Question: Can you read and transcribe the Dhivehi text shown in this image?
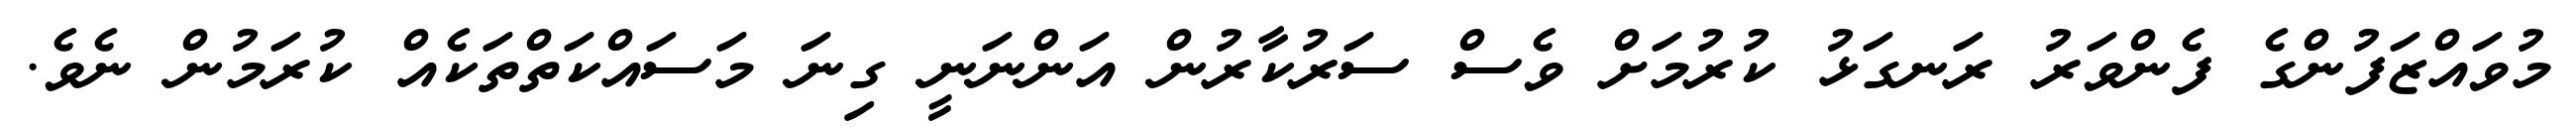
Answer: މުވައްޒަފުންގެ ފެންވަރު ރަނގަޅު ކުރުމަށް ވެސް ސަރުކާރުން އަންނަނީ ގިނަ މަސައްކަތްތަކެއް ކުރަމުން ނެވެ.